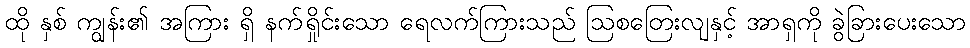
ထို နှစ် ကျွန်း၏ အကြား ရှိ နက်ရှိုင်းသော ရေလက်ကြားသည် ဩစတြေးလျနှင့် အာရှကို ခွဲခြားပေးသော